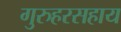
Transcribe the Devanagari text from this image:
गुरुहरसहाय